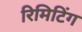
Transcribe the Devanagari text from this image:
रिमिटिंग